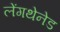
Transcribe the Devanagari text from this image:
लेंगथेनेड